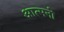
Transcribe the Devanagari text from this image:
आत्मनो